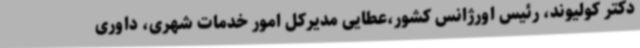
دکتر کولیوند، رئیس اورژانس کشور،عطایی مدیرکل امور خدمات شهری، داوری